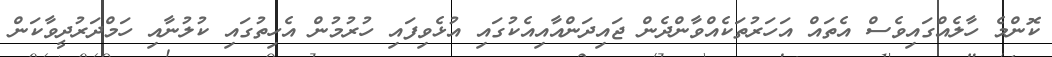
ކޮންމެ ހާލެއްގައިވެސް އެތައް އަހަރުތަކެއްވާންދެން ޖައިދަންއާއިއެކުގައި އުޅެވިފައި ހުރުމުން އެހިތުގައި ކުލުނާއި ހަމްދަރުދީވާކަން